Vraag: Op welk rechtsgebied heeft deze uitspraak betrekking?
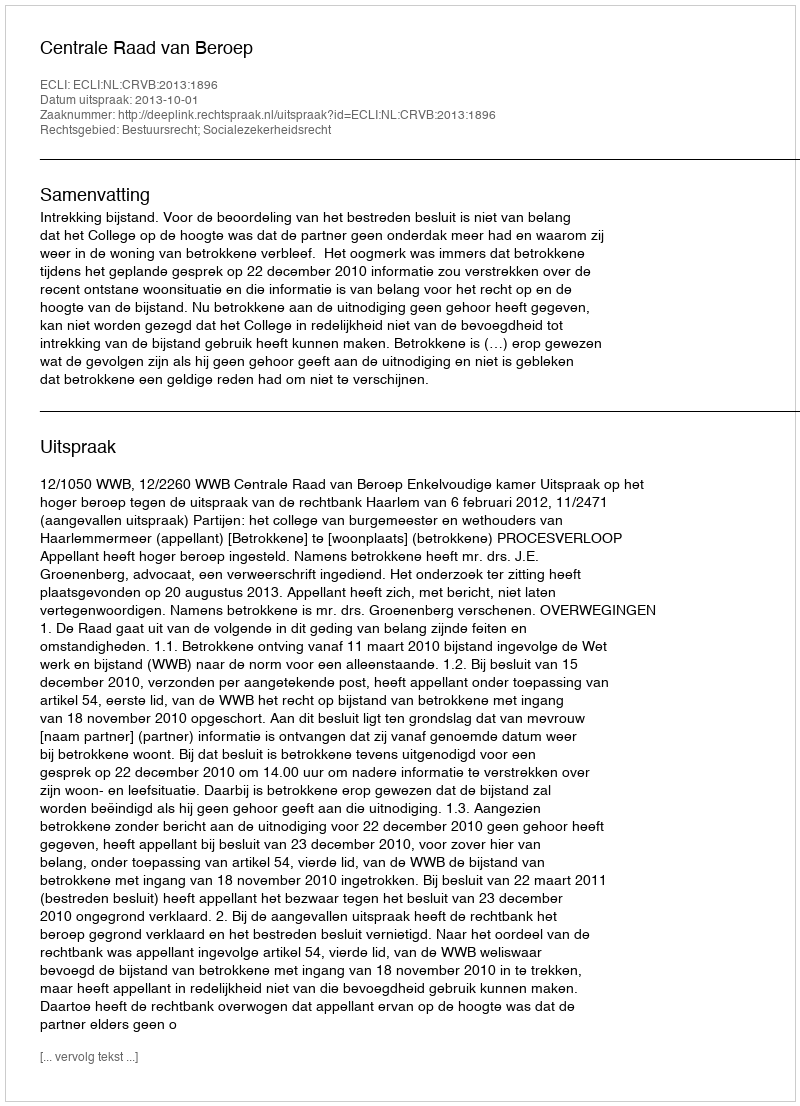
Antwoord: Bestuursrecht; Socialezekerheidsrecht